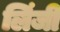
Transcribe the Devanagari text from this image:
लिंजी